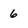
Character: 6